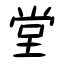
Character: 堂